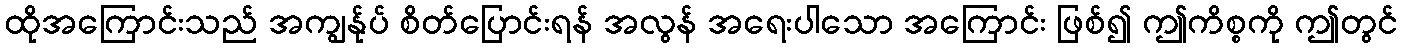
ထိုအကြောင်းသည် အကျွန်ုပ် စိတ်ပြောင်းရန် အလွန် အရေးပါသော အကြောင်း ဖြစ်၍ ဤကိစ္စကို ဤတွင်